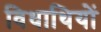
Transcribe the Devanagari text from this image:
विधाथियों